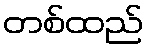
တစ်ထည်